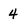
Character: 4